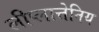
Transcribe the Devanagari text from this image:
लीप्लात्तेनिय